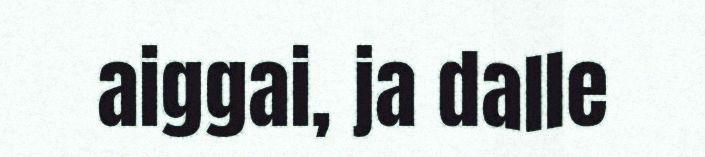
aiggai, ja dalle